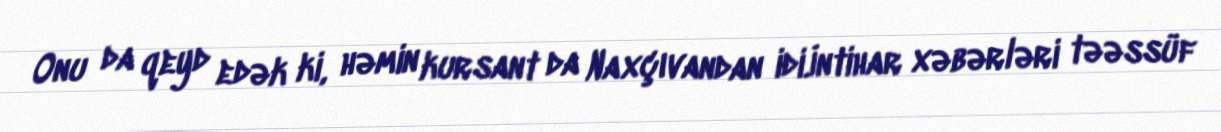
Onu da qeyd edək ki, həmin kursant da Naxçıvandan idi.İntihar xəbərləri təəssüf